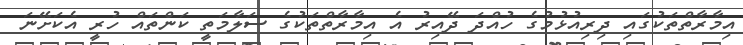
އިމާރާތްތަކުގައި ދިރިއުޅުމުގެ ހުއްދަ ދޭއިރު އެ އިމާރާތްތަކުގެ ސަލާމަތީ ކަންތައް ހުރީ އެކަށޭނަ